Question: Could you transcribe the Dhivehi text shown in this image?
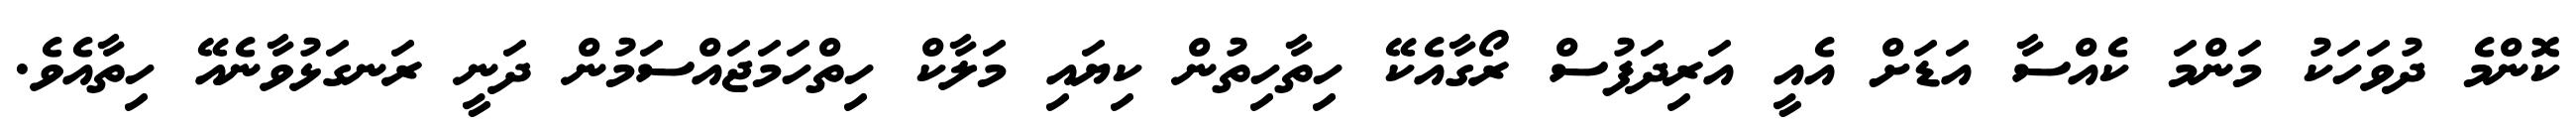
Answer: ކޮންމެ ދުވަހަކު މަންމަ ކެއްސާ އަޑަށް އެއީ އަރިދަފުސް ރޯގާއެކޭ ހިތާހިތުން ކިޔައި މަލާކް ހިތްހަމަޖައްސަމުން ދަނީ ރަނގަޅުވާނެއޭ ހިތާއެވެ.